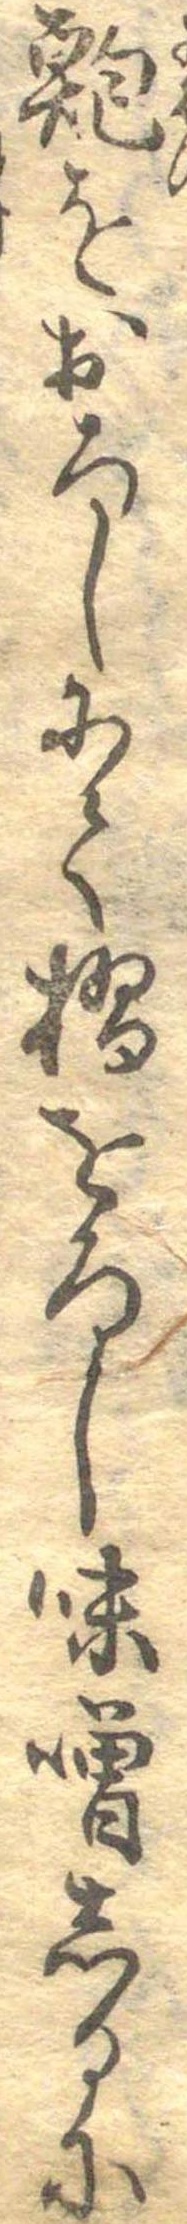
鮑をおろしにて摺をうし味噌しるに